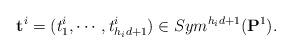
LaTeX: \begin{align*} \mathbf t^i=(t^i_1, \cdots, t^i_{h_id+1})\in Sym^{h_id+1}(\mathbf P^1).\end{align*}